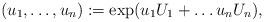
LaTeX: \begin{align*}(u_1, \dots, u_n) := \exp(u_1 U_1 + \dots u_n U_n) ,\end{align*}